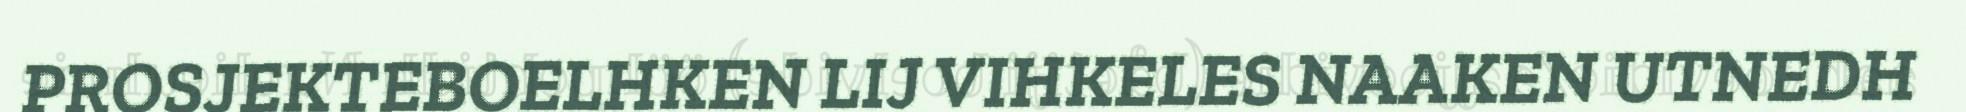
PROSJEKTEBOELHKEN LIJ VIHKELES NAAKEN UTNEDH